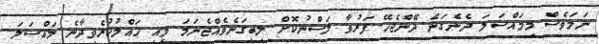
ނަމަވެސް މިމައްސަލަ ދެނެގަނެ ދޭންޖެހޭ ފަރުވާ ލަސްނުކޮށް ލިބިގަނެވެއްޖެނަމަ މިއީ ޙައްލުކުރެވިދާނެ މައްސަލަ